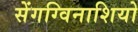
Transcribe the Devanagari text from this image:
सेंगग्विनाशियो